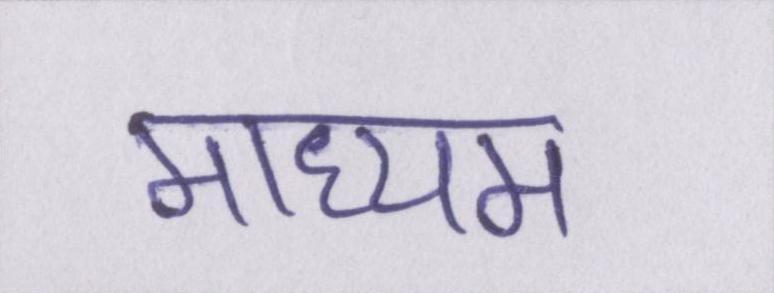
माध्यम